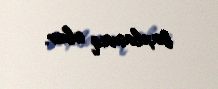
saxlamaq olar.